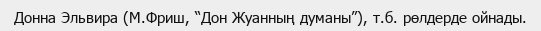
Донна Эльвира (М.Фриш, “Дон Жуанның думаны”), т.б. рөлдерде ойнады.